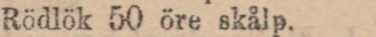
Rödlök 50 öre skålp.